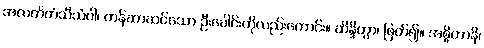
အလင်္ကတံသီသံဝါ၊ တန်ဆာဆင်သော ဦးခေါင်းကိုလည်းကောင်း။ ဆိန္ဒိတွာ၊ ဖြတ်၍။ အစ္စိတာနိ၊